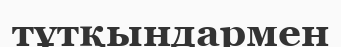
тұтқындармен